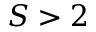
S > 2